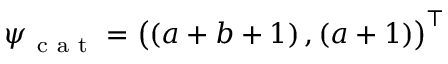
\boldsymbol \psi _ { \mathrm { ~ c ~ a ~ t ~ } } = \big ( ( a + b + 1 ) \, , ( a + 1 ) \big ) ^ { \intercal }